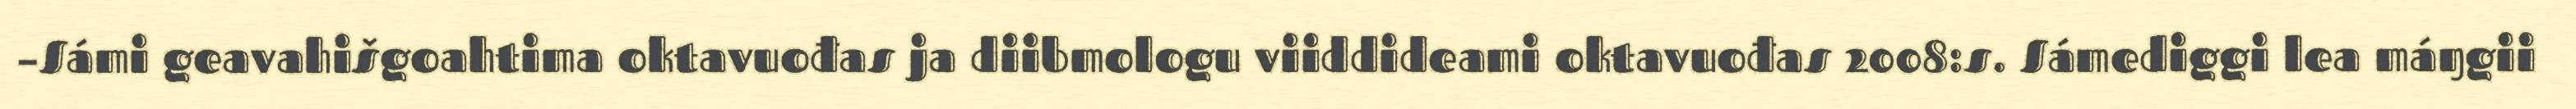
–Sámi geavahišgoahtima oktavuođas ja diibmologu viiddideami oktavuođas 2008:s. Sámediggi lea máŋgii